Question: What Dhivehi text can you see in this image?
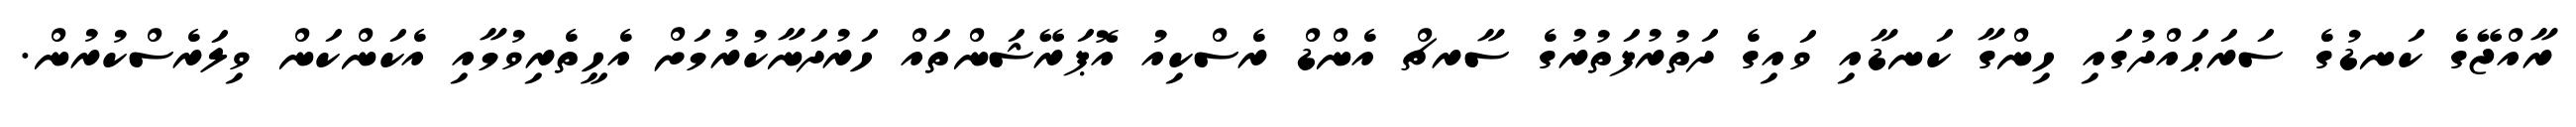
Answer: ރާއްޖޭގެ ކަނޑުގެ ސަރަޙައްދުގައި ހިންގާ ކަނޑާއި ވައިގެ ދަތުރުފަތުރުގެ ސާރޗް އެންޑް ރެސްކިއު އޮޕަރޭޝަންތައް ހަރުދަނާކުރުމަށް އެހީތެރިވުމާއި އެކަންކަން ވިލަރެސްކުރުން.